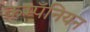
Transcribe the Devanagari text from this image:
कम्पॅनियन